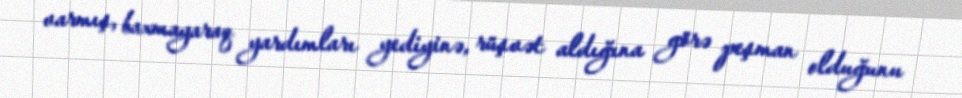
varmış, baxmayaraq yardımları yediyinə, rüşvət aldığına görə peşman olduğunu